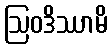
ဩဝဒိဿာမိ